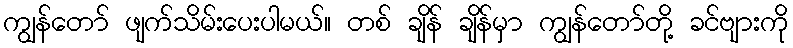
ကျွန်တော် ဖျက်သိမ်းပေးပါမယ်။ တစ် ချိန် ချိန်မှာ ကျွန်တော်တို့ ခင်ဗျားကို